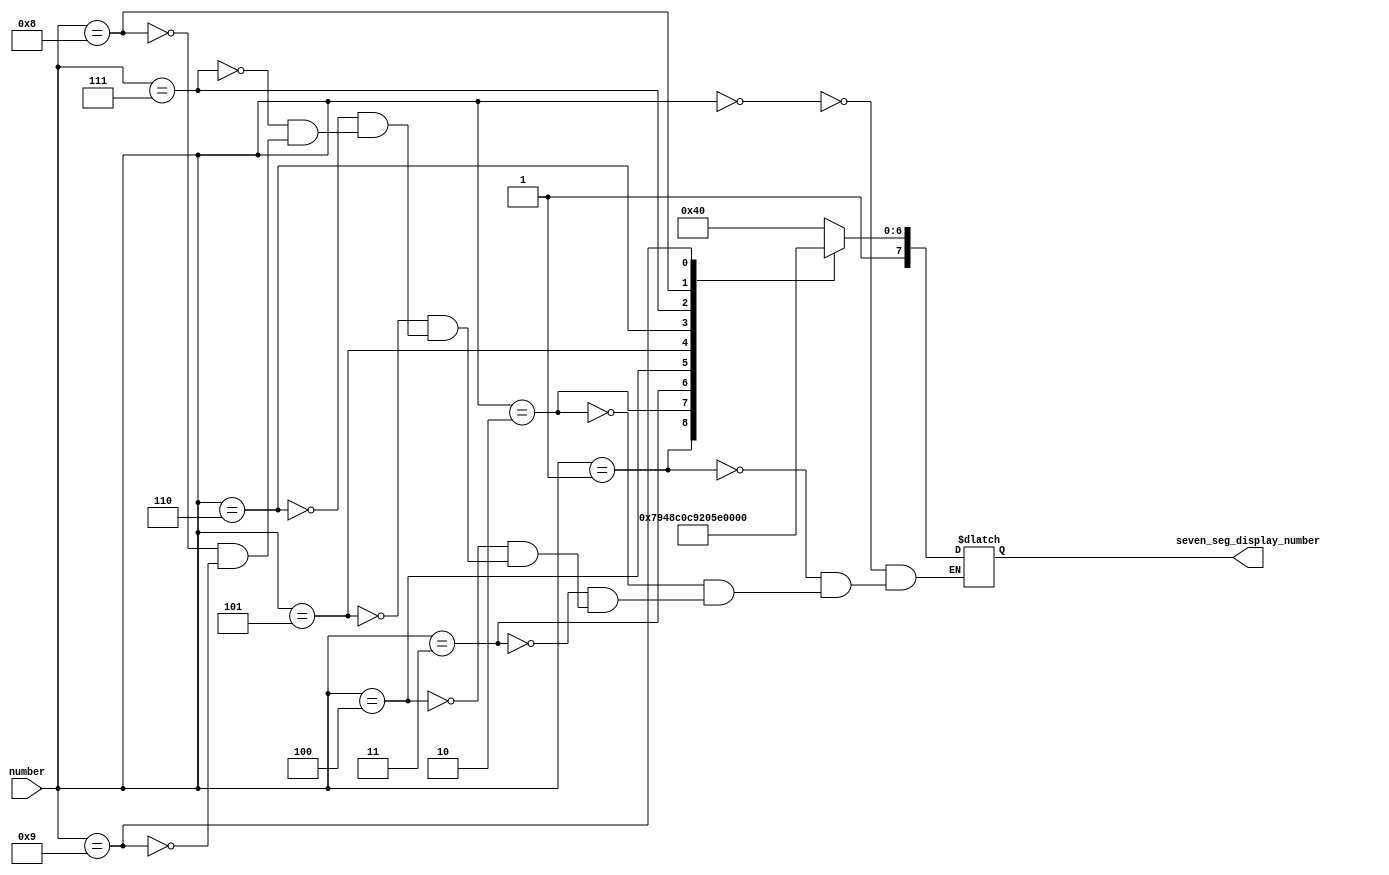
/*
	Agreed Interface:
	
	
	Inputs: Need seconds,deca_seconds,minutes,deca_minutes,on_off
*/


module seven_seg(number, seven_seg_display_number);
	input [3:0] number;
	output [7:0] seven_seg_display_number;
	//The format for the sevenSegCathodes is as below DC G F E D C B A
	//																  7  6 5 4 3 2 1 0
	parameter ZERO  = 8'b11000000;
	parameter ONE   = 8'b11111001;
	parameter TWO   = 8'b10100100;
	parameter THREE = 8'b10110000;
	parameter FOUR  = 8'b10011001;
	parameter FIVE  = 8'b10010010;
	parameter SIX   = 8'b10000010;
	parameter SEVEN = 8'b11111000;
	parameter EIGHT = 8'b10000000;
	parameter NINE  = 8'b10011000;
	
	reg [7:0] seven_seg_value;
	assign seven_seg_display_number = seven_seg_value;
	
	always @(*) begin
		case (number)
			0: seven_seg_value <= ZERO;
			1: seven_seg_value <= ONE;
			2: seven_seg_value <= TWO;
			3: seven_seg_value <= THREE;
			4: seven_seg_value <= FOUR;
			5: seven_seg_value <= FIVE;
			6: seven_seg_value <= SIX;
			7: seven_seg_value <= SEVEN;
			8: seven_seg_value <= EIGHT;
			9: seven_seg_value <= NINE;
		endcase
	end

endmodule